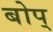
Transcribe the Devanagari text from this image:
बोप्